画像に写った文字を読んでください
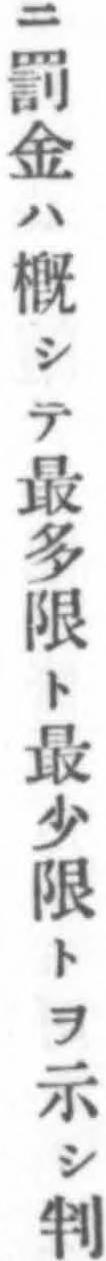
「ニ罰金ハ槪シテ最多限ト最少限トヲ示シ判」と書いてあります